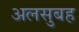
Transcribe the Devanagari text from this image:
अलसुबह